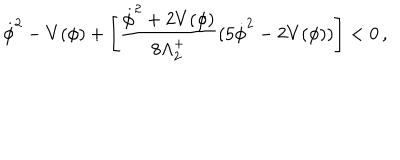
\dot { \phi } ^ { 2 } - V ( \phi ) + \left[ \frac { \dot { \phi } ^ { 2 } + 2 V ( \phi ) } { 8 \Lambda _ { 2 } ^ { + } } ( 5 \dot { \phi } ^ { 2 } - 2 V ( \phi ) ) \right] < 0 \, ,